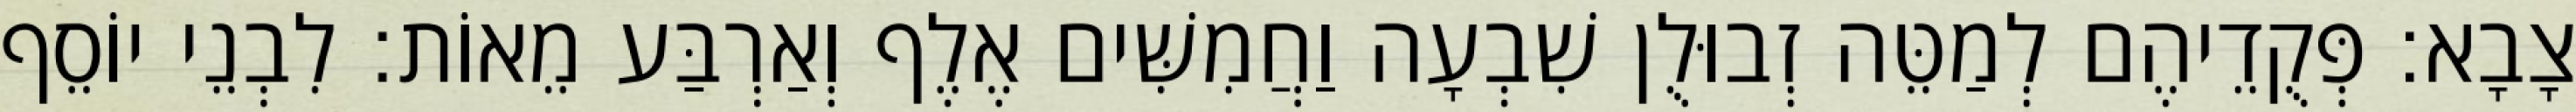
צָבָא׃ פְּקֻדֵיהֶם לְמַטֵּה זְבוּלֻן שִׁבְעָה וַחֲמִשִּׁים אֶלֶף וְאַרְבַּע מֵאוֹת׃ לִבְנֵי יוֹסֵף